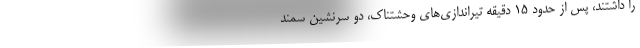
را داشتند، پس از حدود ۱۵ دقیقه تیراندازی‌های وحشتناک، دو سرنشین سمند